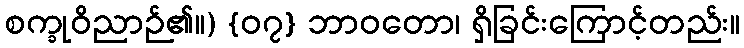
စက္ခုဝိညာဉ်၏။) {၀၇} ဘာဝတော၊ ရှိခြင်းကြောင့်တည်း။